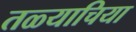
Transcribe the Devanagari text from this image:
तळ्याचिया